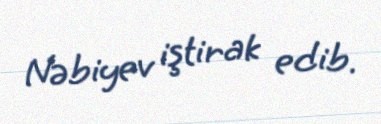
Nəbiyev iştirak edib.